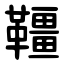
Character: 韁